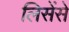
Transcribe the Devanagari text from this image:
लिसेंसे